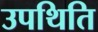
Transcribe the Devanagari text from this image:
उपथिति